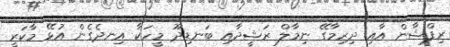
ރިފްޝާން އާއި ދިރިމާގޭ ނިމާލް ރަޝީދާއި ބަނޑިދޫ މީހަކާ އިނދެގެން އުޅޭ މާކަރީ